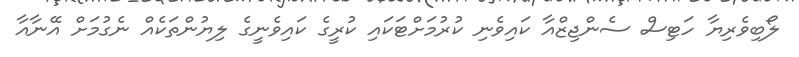
ލޯބިވެރިޔާ ހަޓިސް ސެންޖިޒްއާ ކައިވެނި ކުރުމަށްޓަކައި ކުރީގެ ކައިވެނީގެ ލިޔުންތަކެއް ނެގުމަށް އޭނާއާ